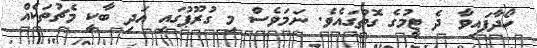
ހޯދާފައިވާ ދެ ޓީމުގެ ގޮތުގައެވެ. ނަމަވެސް މި ގުރޫޕުގައި އަދި ބާކީ މެޗުތަކެއް